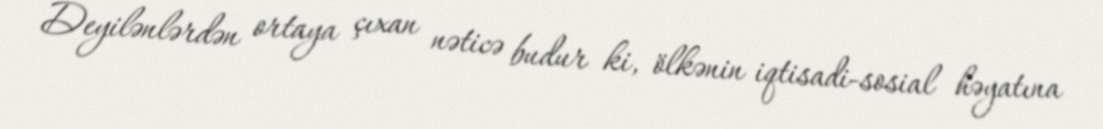
Deyilənlərdən ortaya çıxan nəticə budur ki, ölkənin iqtisadi-sosial həyatına